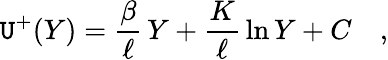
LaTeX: \mathtt{U}^{+}(Y)=\frac{{\beta}}{{\ell}}\, Y+\frac{{K}}{{\ell}}\, \ln{Y}+C\quad,